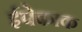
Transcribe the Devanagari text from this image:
ईपेकाक